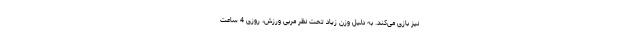
نیز بازی می‌کند. به دلیل وزن زیاد تحت نظر مربی ورزش، روزی 4 ساعت